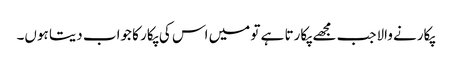
پکارنے والاجب مجھے پکارتا ہے تو میں اس کی پکار کا جواب دیتا ہوں۔